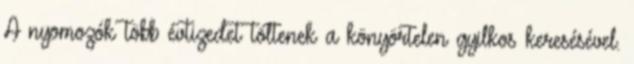
A nyomozók több évtizedet töltenek a könyörtelen gyilkos keresésével.